Problem: 7 × 8 = ?
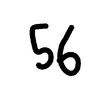
Handwritten answer: 56